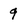
Character: 9